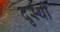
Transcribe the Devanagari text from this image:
दृस्थी